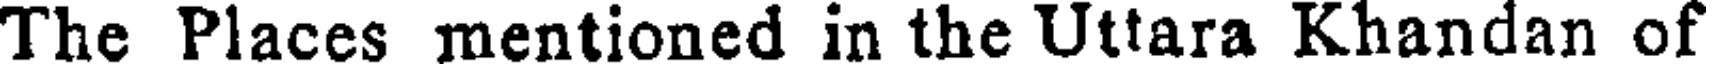
The Places mentioned in the Uttara Khandan of